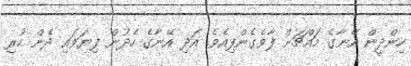
ހިންދީން އޭނާގެ މައްޗަށް ފާވެގެންފިއެވެ. އަދި އޭނާގެ ހެދުން ފިޔަވައި ދެން ހުރި